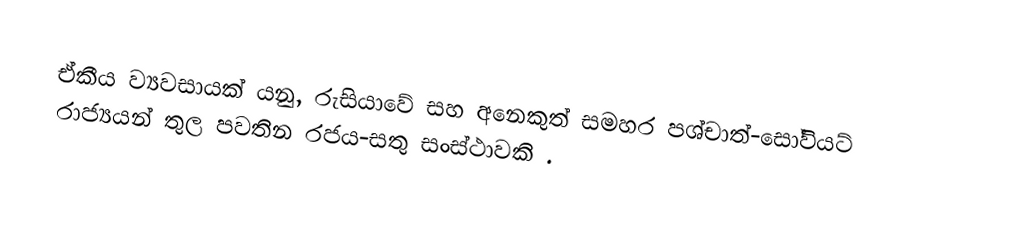
ඒකීය ව්‍යවසායක් යනු, රුසියාවේ සහ අනෙකුත් සමහර පශ්චාත්-සෝවියට් රාජ්‍යයන් තුල පවතින රජය-සතු සංස්ථාවකි .